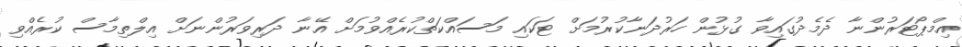
އިމްޕޯޓަރުންނާ ދެމެދުގައިވާ ގުޅުން ހަރުދަނާކުރުމަށް ޓަކައި މަސައްކަތްކުރެއްވުމަށް އޭނާ ދަރިވަރުންނަށް އިލްތިމާސް ކުރެއްވި